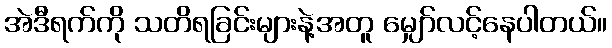
အဲဒီရက်ကို သတိရခြင်းများနဲ့အတူ မျှော်လင့်နေပါတယ်။